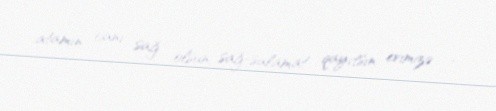
atamın canı sağ olsun, sağ-salamat qayıtsın evimizə ...”.